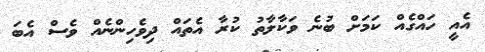
އެއީ ހައްގެއް ކަމަށް ބުނެ ވަކާލާތު ކުރާ އެތައް ދިވެހިންނެއް ވެސް އެބަ